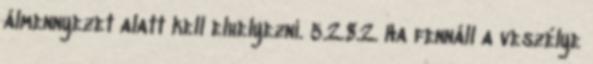
álmennyezet alatt kell elhelyezni. 5.2.8.2. Ha fennáll a veszélye